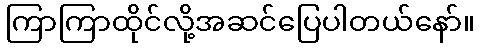
ကြာကြာထိုင်လို့အဆင်ပြေပါတယ်နော်။